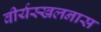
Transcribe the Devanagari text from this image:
वीर्यस्खलनास